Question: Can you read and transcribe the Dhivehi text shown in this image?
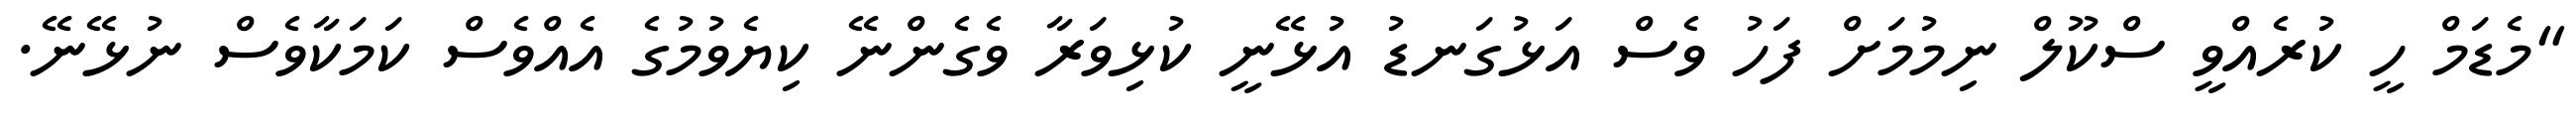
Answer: "މެޑަމް ހީ ކުރެއްވީ ސްކޫލް ނިމުމަށް ފަހު ވެސް އަޅުގަނޑު އުޅޭނީ ކުޅިވަރާ ވެގެންނޭ ކިޔެވުމުގެ އެއްވެސް ކަމަކާވެސް ނުޅޭނޭ.